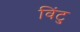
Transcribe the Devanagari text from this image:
विंटु